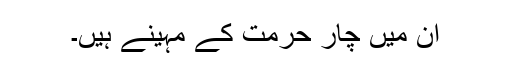
ان میں چار حرمت کے مہینے ہیں۔